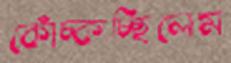
কোঁচ্‌কাচ্ছিলেম